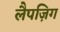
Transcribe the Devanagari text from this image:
लैपज़िग